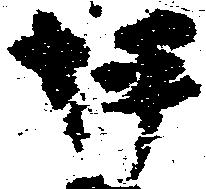
坪